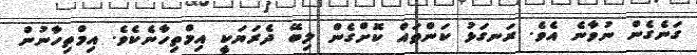
ގަނެގެން ނުވާނެ އެވެ. ރަނގަޅު ކަންތައް ކޮށްގެން ލިބޭ ދެރަޔަކީ އިމްތިހާނެކެވެ. އިމްތިހާނުން